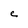
Character: e